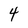
Character: 4